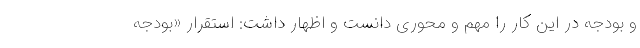
و بودجه در این کار را مهم و محوری دانست و اظهار داشت: استقرار «بودجه